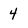
Character: 4